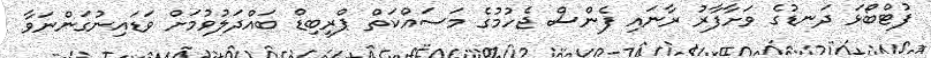
ފުޓްބޯޅަ ދަނޑުގެ ވަށާފާރު ރާނައި ފެންސް ޖެހުމުގެ މަސައްކަތް ޕްރީބިޑް ބައްދަލުވުމަށް ވަޑައިނުގަންނަވާ